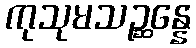
ကုသုမသဉ္ဆန္နေ